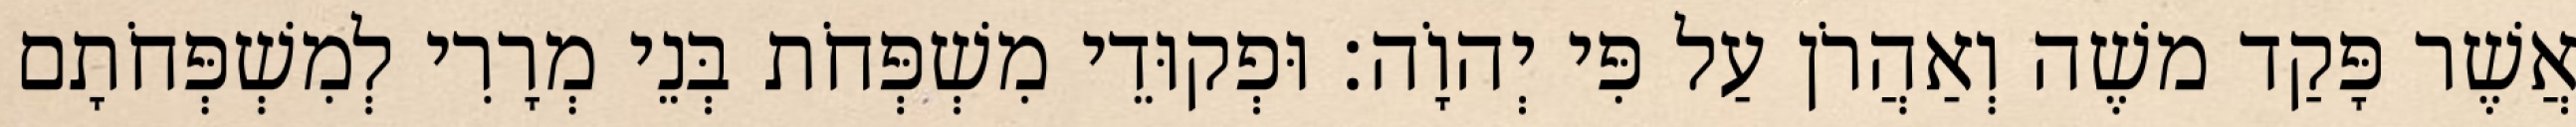
אֲשֶׁר פָּקַד משֶׁה וְאַהֲרֹן עַל פִּי יְהוָֹה׃ וּפְקוּדֵי מִשְׁפְּחֹת בְּנֵי מְרָרִי לְמִשְׁפְּחֹתָם